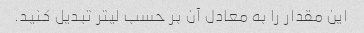
این مقدار را به معادل آن بر حسب لیتر تبدیل کنید.